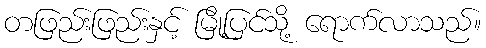
တဖြည်းဖြည်းနှင့် မြို့ပြင်သို့ ရောက်လာသည်။